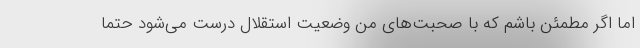
اما اگر مطمئن باشم که با صحبت‌های من وضعیت استقلال درست می‌شود حتماً